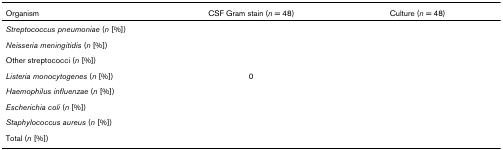
<table><thead><tr><td><b>Organism</b></td><td><b>CSF Gram stain (<i>n </i>= 48)</b></td><td><b>Culture (<i>n </i>= 48)</b></td></tr></thead><tbody><tr><td><i>Streptococcus pneumoniae </i>(<i>n </i>[%])</td><td>[EMPTY_CELL]</td><td>[EMPTY_CELL]</td></tr><tr><td><i>Neisseria meningitidis </i>(<i>n </i>[%])</td><td>[EMPTY_CELL]</td><td>[EMPTY_CELL]</td></tr><tr><td>Other streptococci (<i>n </i>[%])</td><td>[EMPTY_CELL]</td><td>[EMPTY_CELL]</td></tr><tr><td><i>Listeria monocytogenes </i>(<i>n </i>[%])</td><td>0</td><td>[EMPTY_CELL]</td></tr><tr><td><i>Haemophilus influenzae </i>(<i>n </i>[%])</td><td>[EMPTY_CELL]</td><td>[EMPTY_CELL]</td></tr><tr><td><i>Escherichia coli </i>(<i>n </i>[%])</td><td>[EMPTY_CELL]</td><td>[EMPTY_CELL]</td></tr><tr><td><i>Staphylococcus aureus </i>(<i>n </i>[%])</td><td>[EMPTY_CELL]</td><td>[EMPTY_CELL]</td></tr><tr><td>Total (<i>n </i>[%])</td><td>[EMPTY_CELL]</td><td>[EMPTY_CELL]</td></tr></tbody></table>